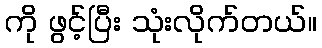
ကို ဖွင့်ပြီး သုံးလိုက်တယ်။